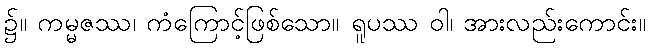
၌။ ကမ္မဇဿ၊ ကံကြောင့်ဖြစ်သော။ ရူပဿ ဝါ၊ အားလည်းကောင်း။